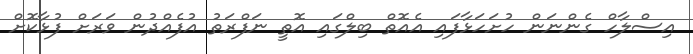
އިސްލާހް ގެންނަން ހުށަހަޅާފައި އެއޮތް ބިލްގައި އޮތީ ނަފްރަތު އުފެއްދުން ވަރަށް ފުޅާކޮށް